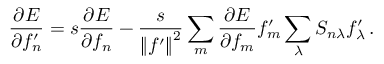
\frac { \partial E } { \partial f _ { n } ^ { \prime } } = s \frac { \partial E } { \partial f _ { n } } - \frac { s } { \left\Vert f ^ { \prime } \right\Vert ^ { 2 } } \sum _ { m } \frac { \partial E } { \partial f _ { m } } f _ { m } ^ { \prime } \sum _ { \lambda } S _ { n \lambda } f _ { \lambda } ^ { \prime } \, .